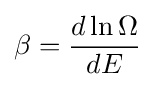
\beta ={\frac {d\ln \Omega }{dE}}